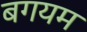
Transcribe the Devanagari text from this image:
बगयम